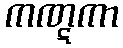
ကဏ္ဋကာ